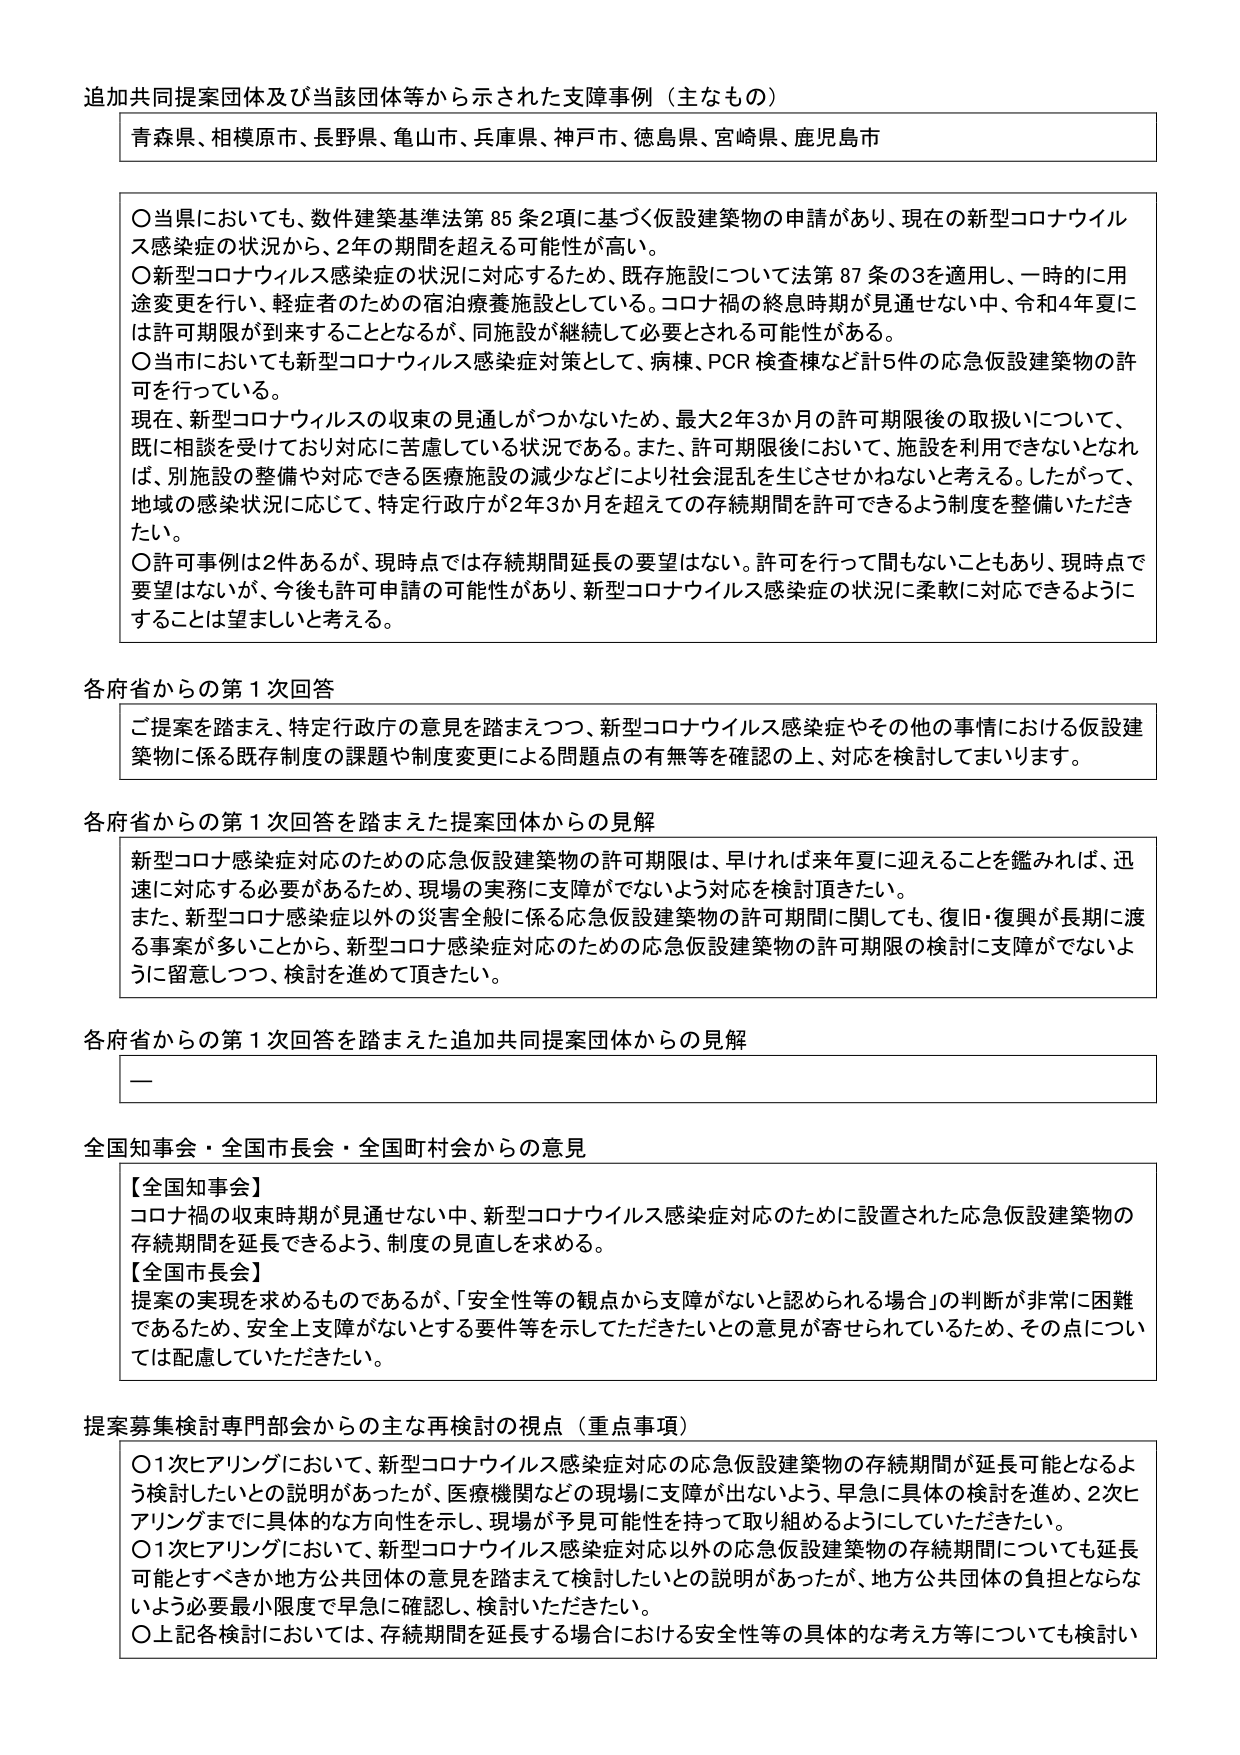
追加共同提案団体及び当該団体等から示された支援事例（主なもの）

青森県、相模原市、長野県、亀山市、兵庫県、神戸市、徳島県、宮崎県、鹿児島市

〇当県においても、数件建築基準法第85条2項に基づく仮設建築物の申請があり、現在の新型コロナウイルス感染症の状況から、2年の期間を超える可能性が高い。
〇新型コロナウイルス感染症の状況に対応するため、既存施設について法第87条の3を適用し、一時的に用途変更を行い、軽症者のための宿泊療養施設としている。コロナ禍の終息時期が見通せない中、令和4年夏には許可期限が到来することとなるが、同施設が継続して必要とされる可能性がある。
〇当市においても新型コロナウイルス感染症対策として、病棟、PCR検査棟など計5件の応急仮設建築物の許可を行っている。
現在、新型コロナウイルスの収束の見通しがつかないため、最大2年3か月の許可期限後の取扱いについて、既に相談を受けており対応に苦慮している状況である。また、許可期限後において、施設を利用できなくなれば、別施設の整備や対応できる医療施設の減少などにより社会混乱を生じさせかねないと考える。したがって、地域の感染状況に応じて、特定行政庁が2年3か月を超えての存続期間を許可できるよう制度を整備いただきたい。
〇許可事例は2件あるが、現時点では存続期間延長の要望はない。許可を行って間もないこともあり、現時点で要望はないが、今後も許可申請の可能性があり、新型コロナウイルス感染症の状況に柔軟に対応できるようにすることは望ましいと考える。

各府省からの第1次回答

ご提案を踏まえ、特定行政庁の意見を踏まえつつ、新型コロナウイルス感染症やその他の事情における仮設建築物に係る既存制度の課題や制度変更による問題点の有無等を確認の上、対応を検討してまいります。

各府省からの第1次回答を踏まえた提案団体からの見解

新型コロナ感染症対応のための応急仮設建築物の許可期限は、早ければ来年夏に迎えることを鑑みれば、迅速に対応する必要があるため、現場の実務に支障がでないよう対応を検討頂きたい。
また、新型コロナ感染症以外の災害全般に係る応急仮設建築物の許可期間に関しても、復旧・復興が長期に渡る事案が多いことから、新型コロナ感染症対応のための応急仮設建築物の許可期限の検討に支障がでないよう留意しつつ、検討を進めて頂きたい。

各府省からの第1次回答を踏まえた追加共同提案団体からの見解

—

全国知事会・全国市長会・全国町村会からの意見

【全国知事会】
コロナ禍の収束時期が見通せない中、新型コロナウイルス感染症対応のために設置された応急仮設建築物の存続期間を延長できるよう、制度の見直しを求める。
【全国市長会】
提案の実現を求めるものであるが、「安全性等の観点から支障がないと認められる場合」の判断が非常に困難であるため、安全上支障がないとする要件等を示していただきたいとの意見が寄せられているため、その点については配慮していただきたい。

提案募集検討専門部会からの主な再検討の視点（重点事項）

〇1次ヒアリングにおいて、新型コロナウイルス感染症対応の応急仮設建築物の存続期間が延長可能となるよう検討したいとの説明があったが、医療機関などの現場に支障が出ないよう、早急に具体的な検討を進め、2次ヒアリングまでに具体的な方向性を示し、現場が予見可能性を持って取り組めるようにしていただきたい。
〇1次ヒアリングにおいて、新型コロナウイルス感染症対応以外の応急仮設建築物の存続期間についても延長可能とすべきか地方公共団体の意見を踏まえて検討したいとの説明があったが、地方公共団体の負担とならないよう必要最小限度で早急に確認し、検討いただきたい。
〇上記各検討においては、存続期間を延長する場合における安全性等の具体的な考え方等についても検討い